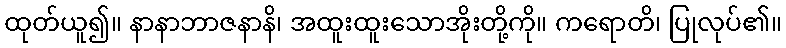
ထုတ်ယူ၍။ နာနာဘာဇနာနိ၊ အထူးထူးသောအိုးတို့ကို။ ကရောတိ၊ ပြုလုပ်၏။